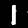
Digit: 1